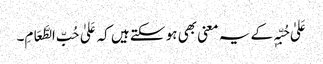
عَلیٰ حُبِّہٖ کے یہ معنی بھی ہو سکتے ہیں کہ عَلیٰ حُبِّ الطَّعَامِ۔